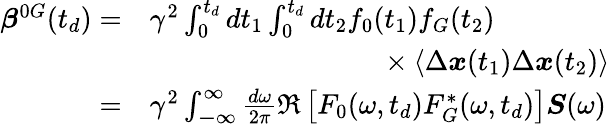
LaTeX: \begin{array}{rl}{\boldsymbol{\beta}^{0G}(t_{d})=}&{\gamma^{2}\int_{0}^{t_{d}}dt_{1}\int_{0}^{t_{d}}dt_{2}f_{0}(t_{1})f_{G}(t_{2})}\\ &{\hphantom{\gamma^{2}\int_{0}^{t_{d}}dt_{1}\int_{0}^{t_{d}}dt_{2}f_{G}}\times\left\langle\Delta\boldsymbol{x}(t_{1})\Delta\boldsymbol{x}(t_{2})\right\rangle}\\ {=}&{\gamma^{2}\int_{\mathbb{-\infty}}^{\infty}\frac{d\omega}{2\pi}\Re\left[F_{0}(\omega,t_{d})F_{G}^{*}(\omega,t_{d})\right]\boldsymbol{S}(\omega)}\end{array}